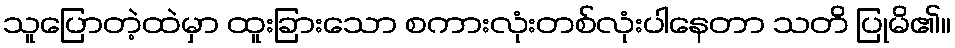
သူပြောတဲ့ထဲမှာ ထူးခြားသော စကားလုံးတစ်လုံးပါနေတာ သတိ ပြုမိ၏။